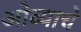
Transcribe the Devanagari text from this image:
ओव्याचे